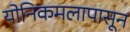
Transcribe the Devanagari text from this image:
योनिकमलापासून